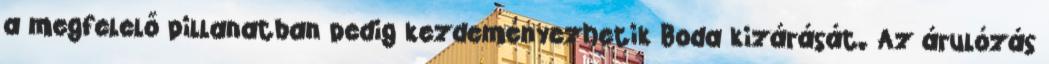
a megfelelő pillanatban pedig kezdeményezhetik Boda kizárását. Az árulózás